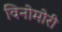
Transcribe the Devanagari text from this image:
विनोमोरी